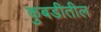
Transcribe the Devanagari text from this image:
कुबडीतील